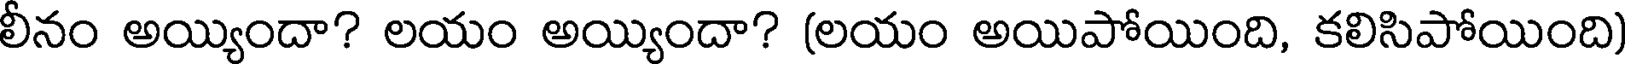
లీనం అయ్యిందా? లయం అయ్యిందా? (లయం అయిపోయింది, కలిసిపోయింది)